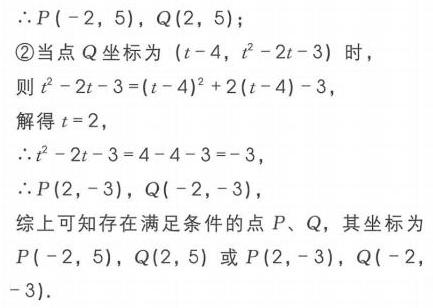
\(\therefore P(-2,5),Q(2,5)\);
\textcircled{2}当点\(Q\)坐标为\((t - 4,t^{2}-2t - 3)\)时，
则\(t^{2}-2t - 3=(t - 4)^{2}+2(t - 4)-3\)，
解得\(t = 2\)，
\(\therefore t^{2}-2t - 3=4 - 4 - 3=-3\)，
\(\therefore P(2,-3),Q(-2,-3)\)，
综上可知存在满足条件的点\(P、Q\)，其坐标为\(P(-2,5),Q(2,5)\)或\(P(2,-3),Q(-2,-3)\).